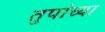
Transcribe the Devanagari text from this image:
तुपांच्या